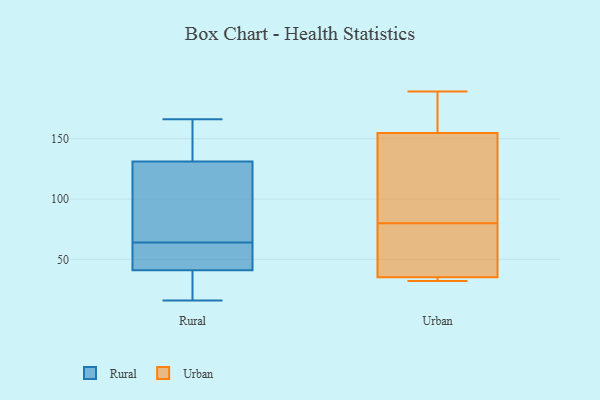
{"axis": {"x": "Energy Usage (MWh)", "y": "Value"}, "legend": ["Rural", "Urban"], "data": [{"x": "", "y": 153, "type": "Rural"}, {"x": "", "y": 64, "type": "Rural"}, {"x": "", "y": 16, "type": "Rural"}, {"x": "", "y": 56, "type": "Rural"}, {"x": "", "y": 128, "type": "Rural"}, {"x": "", "y": 134, "type": "Rural"}, {"x": "", "y": 166, "type": "Rural"}, {"x": "", "y": 112, "type": "Rural"}, {"x": "", "y": 77, "type": "Rural"}, {"x": "", "y": 64, "type": "Rural"}, {"x": "", "y": 55, "type": "Rural"}, {"x": "", "y": 23, "type": "Rural"}, {"x": "", "y": 38, "type": "Rural"}, {"x": "", "y": 164, "type": "Rural"}, {"x": "", "y": 34, "type": "Rural"}, {"x": "", "y": 44, "type": "Rural"}, {"x": "", "y": 36, "type": "Urban"}, {"x": "", "y": 101, "type": "Urban"}, {"x": "", "y": 171, "type": "Urban"}, {"x": "", "y": 106, "type": "Urban"}, {"x": "", "y": 189, "type": "Urban"}, {"x": "", "y": 73, "type": "Urban"}, {"x": "", "y": 187, "type": "Urban"}, {"x": "", "y": 32, "type": "Urban"}, {"x": "", "y": 80, "type": "Urban"}, {"x": "", "y": 35, "type": "Urban"}, {"x": "", "y": 35, "type": "Urban"}]}